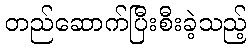
တည်ဆောက်ပြီးစီးခဲ့သည့်